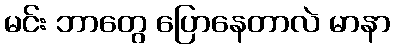
မင်း ဘာတွေ ပြောနေတာလဲ မာနာ